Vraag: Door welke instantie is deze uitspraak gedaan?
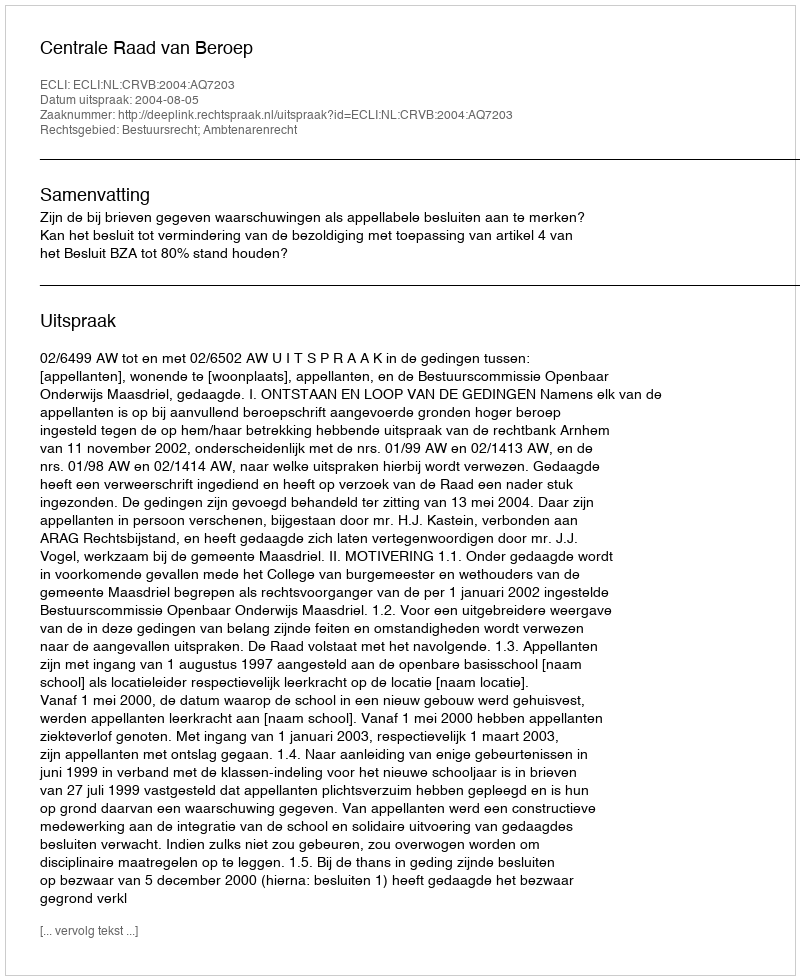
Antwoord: Centrale Raad van Beroep